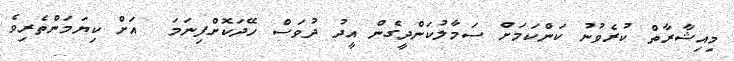
މިއިޝާރާތް ކުރެވުނު ކަންކަމަށް ސަމާލުކަންދީގެން އީދު ދުވަސް ހޭދަކޮށްފިނަމަ  އަށް ކިޔަމަންތެރިވެ